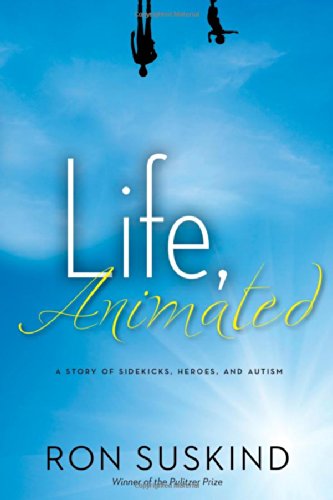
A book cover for Life, Animated: A Story of Sidekicks, Heroes, and Autism; Ron Suskind; Biographies & Memoirs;